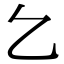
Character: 𠃉